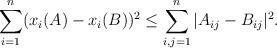
LaTeX: \begin{align*} \sum_{i=1}^n(x_i(A)-x_i(B))^2\leq\sum_{i,j=1}^n|A_{ij}-B_{ij}|^2. \end{align*}